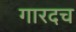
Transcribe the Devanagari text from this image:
गारदच